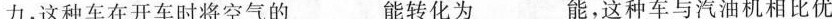
力，这种车在开车时将空气的___能转化为___能，这种车与汽油机相比优